Papaver somniferum - Opium : an extract from the sixth volume of the Dictionary of Economic Products of India
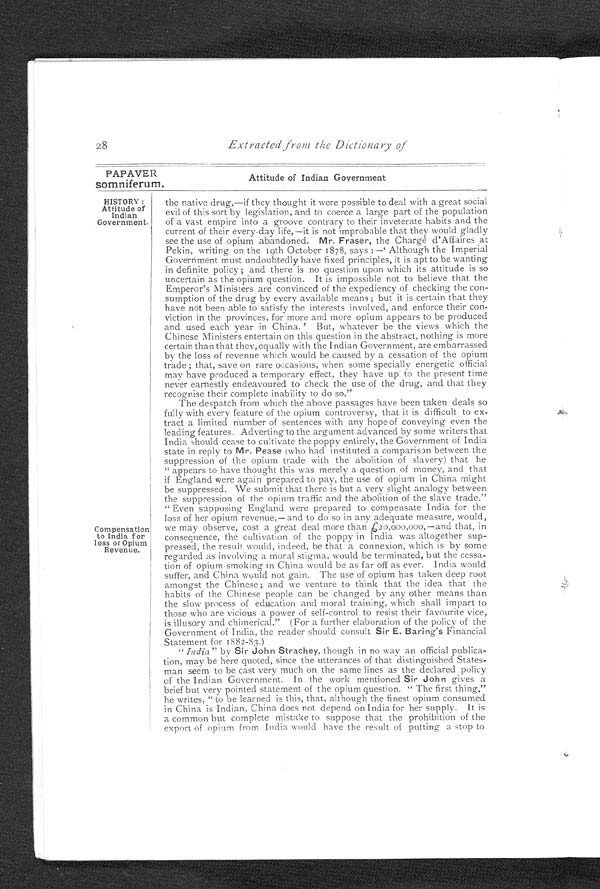
PAPAVER
somniferum.
HISTORY:
Attitude of
Indian
Government.
28
Extracted from the Dictionary of
Compensation
to India for
loss or Opium
Revenue.
Attitude of Indian Government
the native drug,—if they thought it were possible to deal with a great social
evil of this sort by legislation, and to coerce a large part of the population
of a vast empire into a groove contrary to their inveterate habits and the
current of their every-day life,—it is not improbable that they would gladly
see the use of opium abandoned. Mr. Fraser, the Charge d'Affaires at
Pekin, writing on the 19th October 1878, says:—' Although the Imperial
Government must undoubtedly have fixed principles, it is apt to be wanting
in definite policy; and there is no question upon which its attitude is so
uncertain as the opium question. It is impossible not to believe that the
Emperor's Ministers are convinced of the expediency of checking the con-
sumption of the drug by every available means; but it is certain that they
have not been able to satisfy the interests involved, and enforce their con-
viction in the provinces, for more and more opium appears to be produced
and used each year in China.' But, whatever be the views which the
Chinese Ministers entertain on this question in the abstract, nothing is more
certain than that they, equally with the Indian Government, are embarrassed
by the loss of revenue which would be caused by a cessation of the opium
trade; that, save on rare occasions, when some specially energetic official
may have produced a temporary effect, they have up to the present time
never earnestly endeavoured to check the use of the drug, and that they
recognise their complete inability to do so."
The despatch from which the above passages have been taken deals so
fully with every feature of the opium controversy, that it is difficult to ex-
tract a limited number of sentences with any hope of conveying even the
leading features. Adverting to the argument advanced by some writers that
India should cease to cultivate the poppy entirely, the Government of India
state in reply to Mr. Pease (who had instituted a comparison between the
suppression of the opium trade with the abolition of slavery) that he
"appears to have thought this was merely a question of money, and that
if England were again prepared to pay, the use of opium in China might
be suppressed. We submit that there is but a very slight analogy between
the suppression of the opium traffic and the abolition of the slave trade."
" Even supposing England were prepared to compensate India for the
loss of her opium revenue,— and to do so in any adequate measure, would,
we may observe, cost a great deal more than £20,000,000,—and that, in
consequence, the cultivation of the poppy in India was altogether sup
-pressed, the result would, indeed, be that a connexion, which is by some
regarded as involving a moral stigma, would be terminated, but the cessa
-tion of opium-smoking in China would be as far off as ever. India would
suffer, and China would not gain. The use of opium has taken deep root
amongst the Chinese; and we venture to think that the idea that the
habits of the Chinese people can be changed by any other means than
the slow process of education and moral training, which shall impart to
those who are vicious a power of self-control to resist their favourite vice,
is illusory and chimerical." (For a further elaboration of the policy of the
Government of India, the reader should consult Sir E. Baring's Financial
Statement for 1882-83.)
" India " by Sir John Strachey, though in no way an official publica
-tion, may be here quoted, since the utterances of that distinguished States-
man seem to be cast very much on the same lines as the declared policy
of the Indian Government. In the work mentioned Sir John gives a
brief but very pointed statement of the opium question. " The first thing,"
he writes, " to be learned is this, that, although the finest opium consumed
in China is Indian, China does not depend on India for her supply. It is
a common but complete mistake to suppose that the prohibition of the
export of opium from India would have the result of putting a stop to